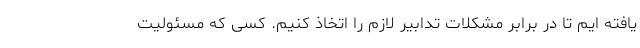
یافته ایم تا در برابر مشکلات تدابیر لازم را اتخاذ کنیم. کسی که مسئولیت